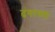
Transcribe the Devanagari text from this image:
ढंगांच्या